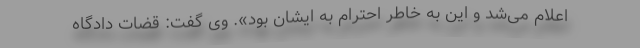
اعلام می‌شد و این به خاطر احترام به ایشان بود». وی گفت: قضات دادگاه